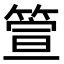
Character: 箮